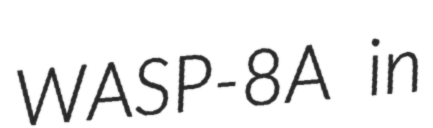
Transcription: WASP-8A in